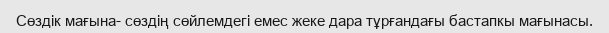
Сөздік мағына- сөздің сөйлемдегі емес жеке дара тұрғандағы бастапкы мағынасы.